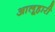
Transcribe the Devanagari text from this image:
आलूहारी